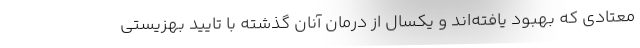
معتادی که بهبود یافته‌اند و یکسال از درمان آنان گذشته با تایید بهزیستی